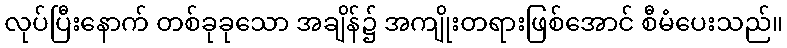
လုပ်ပြီးနောက် တစ်ခုခုသော အချိန်၌ အကျိုးတရားဖြစ်အောင် စီမံပေးသည်။